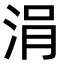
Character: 涓